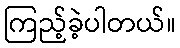
ကြည့်ခဲ့ပါတယ်။